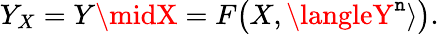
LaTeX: Y_{X}=Y\midX=F\big(X,\langleY^{\mathtt{n}}\rangle\big).